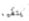
يتقيأ